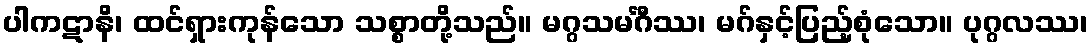
ပါကဋာနိ၊ ထင်ရှားကုန်သော သစ္စာတို့သည်။ မဂ္ဂသမင်္ဂီဿ၊ မဂ်နှင့်ပြည့်စုံသော။ ပုဂ္ဂလဿ၊